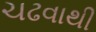
ચઢવાથી